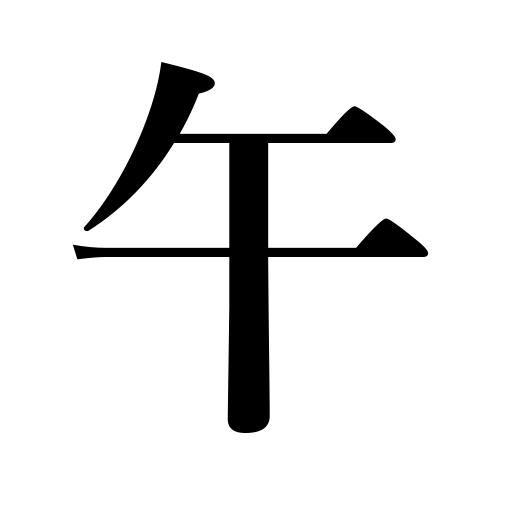
Meanings: 11 a.m.-1 p.m.,7th zodiac sign